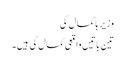
وزیرِ باکمال کی
تین باتیں واقعی کمال کی ہیں۔